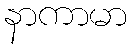
နာကာမာ